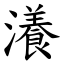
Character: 瀁